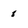
Character: 8